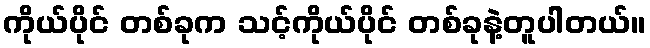
ကိုယ်ပိုင် တစ်ခုက သင့်ကိုယ်ပိုင် တစ်ခုနဲ့တူပါတယ်။